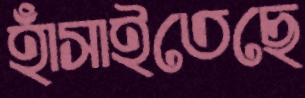
হাঁসাইতেছে